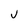
Character: J